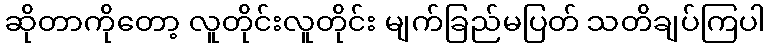
ဆိုတာကိုတော့ လူတိုင်းလူတိုင်း မျက်ခြည်မပြတ် သတိချပ်ကြပါ